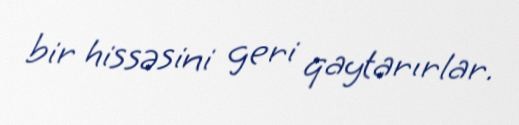
bir hissəsini geri qaytarırlar.